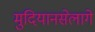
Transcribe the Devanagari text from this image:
मुदियानसेलागे